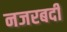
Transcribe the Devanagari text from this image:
नजरबदी